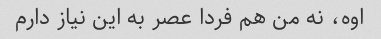
اوه، نه من هم فردا عصر به این نیاز دارم